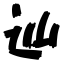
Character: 辿